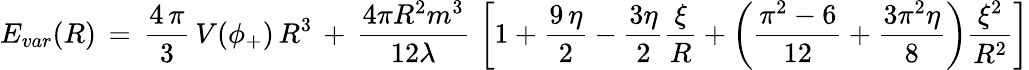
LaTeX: E_{var}(R)\, =\, \frac{4\, \pi}{3}\, V(\phi_{+})\, R^{3}\, +\, {\frac{4\pi{R^{2}}{m^{3}}}{12\lambda}}\, \left[1+\frac{9\, \eta}{2}-\frac{3\eta}{2}\frac{\xi}{R}+\left(\frac{\pi^{2}-6}{12}+\frac{3\pi^{2}\eta}{8}\right)\frac{\xi^{2}}{R^{2}}\right]